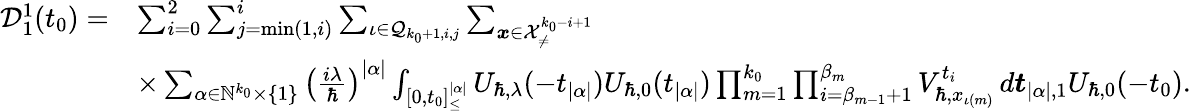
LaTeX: \begin{array}{rl}{\mathcal{D}_{1}^{1}(t_{0})=}&{\sum_{i=0}^{2}\sum_{j=\operatorname*{min}(1,i)}^{i}\sum_{\iota\in\mathcal{Q}_{k_{0}+1,i,j}}\sum_{\boldsymbol{x}\in\mathcal{X}_{\neq}^{k_{0}-i+1}}}\\ &{\times\sum_{\alpha\in\mathbb{N}^{k_{0}}\times\{ 1\} }\left(\frac{i\lambda}{\hbar}\right)^{|\alpha|}\int_{[0,t_{0}]_{\leq}^{|\alpha|}}U_{\hbar,\lambda}(-t_{|\alpha|})U_{\hbar,0}(t_{|\alpha|})\prod_{m=1}^{k_{0}}\prod_{i=\beta_{m-1}+1}^{\beta_{m}}V_{\hbar,x_{\iota(m)}}^{t_{i}}\, d\boldsymbol{t}_{|\alpha|,1}U_{\hbar,0}(-t_{0}).}\end{array}